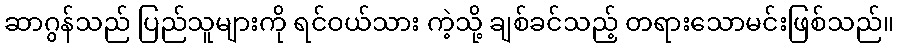
ဆာဂွန်သည် ပြည်သူများကို ရင်ဝယ်သား ကဲ့သို့ ချစ်ခင်သည့် တရားသောမင်းဖြစ်သည်။